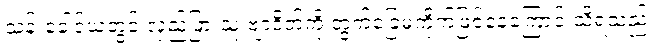
သန်းခေါင်ယံတွင် လှည့်ဖြားသူ ဗျာဒိတ်ကို တွက်ခြေမကိုက်ဖြစ်နေကြောင်းသိရသည်